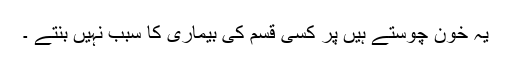
یہ خون چوستے ہیں پر کسی قسم کی بیماری کا سبب نہیں بنتے ۔